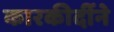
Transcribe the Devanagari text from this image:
कारकीर्दीने